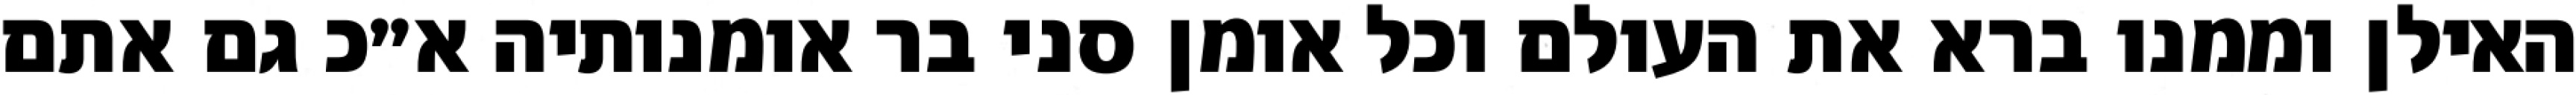
האילן וממנו ברא את העולם וכל אומן סני בר אומנותיה א״כ גם אתם